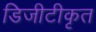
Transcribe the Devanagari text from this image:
डिजीटीकृत